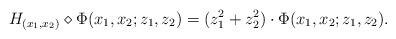
LaTeX: \begin{align*}H_{(x_1, x_2)} \diamond \Phi(x_1, x_2; z_1, z_2) = (z_1^2 + z_2^2) \cdot \Phi(x_1, x_2; z_1, z_2).\end{align*}